Annual report of the Prince of Wales Medical College, Patna
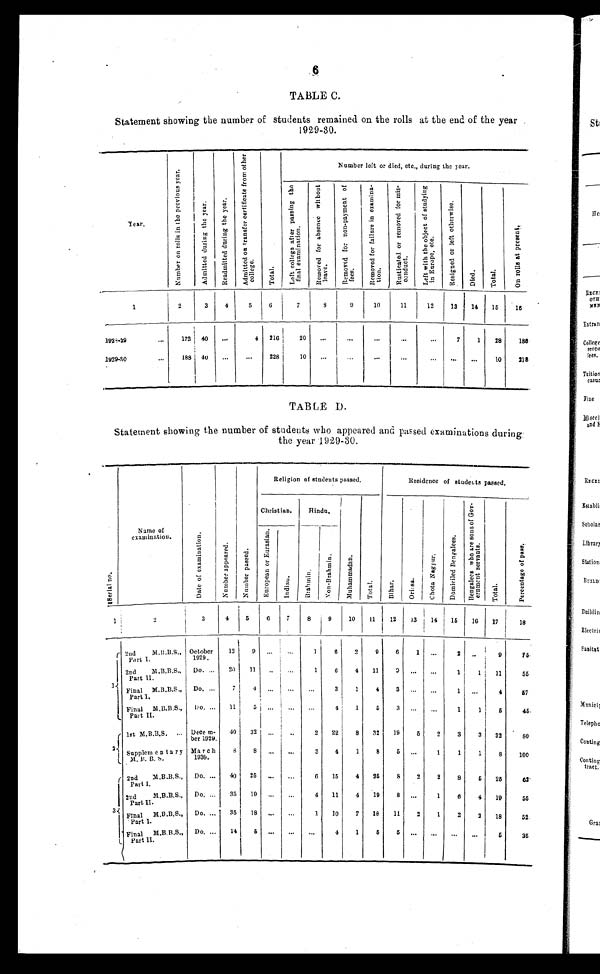
6
TABLE C.
Statement showing the number of students remained on the rolls at the end of the year
1929–30.
Year.
N u m b e r o n r o l l s i n t h e p r e v i o u s y e a r .
A d m i t t e d d u r i n g t h e y e a r .
R e a d m i t t e d
h d u r i
t h e y
e a r .
A d m i t t e d o n t r
a n s f e r c e r t i f i c a t e f r o m o t h e r c o l l e g e .
T o t a l .
Number left or died, etc., during the year.
L e f t c o l l e g e a f t e r p a s s i n g t h e
f i n a l e x a m i n a t i o n .
R e m o v e d f o r a b s e n c e w i t h o u t
l eav e.
R e mo v e d f o r n o n - p a y me n t o f
fees.
R e m o v e d f o r f a i l u r e i n e x a m i n a -
t i on.
R u s t i c a t e d o r r e m o v e d f o r m i s - c o n d u c t .
L e f t w i t h t h e o b j e c t o f s t u d y i n g i n E u r o p e , e t c .
R e s i g n e do
r l e f t o t h e r w i s e .
Di ed.
T o t a l .
O n r o
l l s a t p r e s e n t .
1
2
3
4
5
6
7
8
9
10
11
12
13 14 15 16
1 9 2 8 – 2 9
...
172 40 ...
4 216
20 ...
...
. . .
. . .
...
7
1 28
188
1 9 2 9 – 3 0
...
188 40 ...
...
228
10 ...
...
...
...
. . .
. . . ...
10
2 1 8
TABLE D.
Statement showing the number of students who appeared and passed examinations during
the year 1929–30.
S i r a l n o .
Name of
examination.
D a t e o f e x a m i n a t i o n .
N u m b e r a p p e a r e d .
N u m b e r p a s s e d .
Religion of students passed.
Residence of students passed.
Christian.
Hindu.
M u h a m m a d a n . l
T o t a l .
B i h a r .
Or i ssa.
C h o t a N a g p u r .
D o m i c i l e d B e n g a l e e s .
B e n g a l e e s w h o a r e s o n s o f G o v -
e r n m e n t s e r v a n t s .
Tot
a l .
P e r c e n t a g e o f p a s s .
E u r o p e a n o r E u r a s i a n .
I n d i a n .
B r a h a m i n .
N o n - B r a h m i n .
1
2
3
4
5
6
7
8
9
10 11
12
13 14 15 16 17
18
1
2nd M.B.B.S.,
Part I.
October
1929.
13
9 ...
...
1
6
2
9
6
1
. . .
2 ..
9
7 5
2nd M.B.B.S.,
Part II.
Do. ... 20 11
. . . . .
1
6
4 11
9 ...
. . .
1
1 11
55
Final M.B.B.S.,
Part I,
Do. ...
7
4
. . .
. . .
. . . 3
1
4
3
. . . ...
1 ...
4
5 7
Final M.B.B.S.,
Part II.
Do. ... 11
5
. . .
. . .
. . . 4
1
5
3 ...
...
1
1 5
45
2
1st M.B.B.S. ... Decem-
ber 1929.
40 32
. . . ..
2 22
8 32 19
5 2
3
3 32 8 0
Supplementary
M.B.B.S.
March
1930.
8
8 ... ...
3
4
1
8
5 ...
1
1
1
8
100
3
2nd M.B.B.S.,
Part I.
Do. ... 40 25 ...
. . .
6 15
4 25
8 2
2
8
5 25
62
2nd M.B.B.S.,
Part II.
Do. ... 35 19 ...
...
4 11
4 19
8 ...
1
6
4 19
55
Final M.B.B.S.,
Part I.
Do. ... 35 18
. . . ...
1 10
7 18 11
2
1
2
2 18
52
Final M.B.B.S.,
Part II.
Do. ...
14
5
. . . ...
...
4
1
5
5
. . . ...
...
. . .
5
35